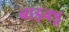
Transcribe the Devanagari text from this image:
बाइक्डू